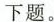
下题。